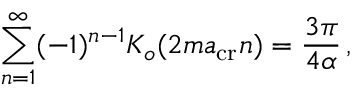
\sum _ { n = 1 } ^ { \infty } ( - 1 ) ^ { n - 1 } K _ { o } ( 2 m a _ { \mathrm { c r } } n ) = { \frac { 3 \pi } { 4 \alpha } } \, ,